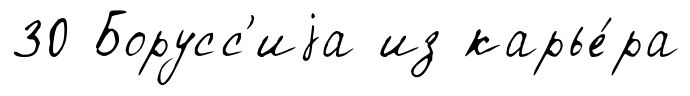
30 Борусс'иjа из карье́ра